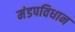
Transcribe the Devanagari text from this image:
मंडपविधान